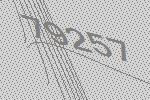
79257